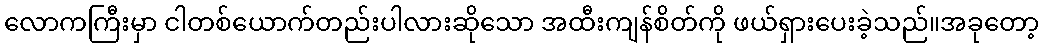
လောကကြီးမှာ ငါတစ်ယောက်တည်းပါလားဆိုသော အထီးကျန်စိတ်ကို ဖယ်ရှားပေးခဲ့သည်။အခုတော့